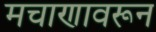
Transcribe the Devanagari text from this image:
मचाणावरून